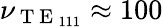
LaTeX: \nu_{\mathrm{~T~E~}_{111}}\approx 100